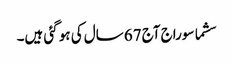
سشما سوراج آج 67 سال کی ہو گئی ہیں۔